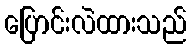
ပြောင်းလဲထားသည်